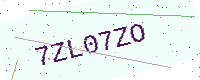
Text: 7ZL07ZO